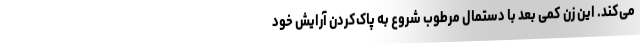
می‌کند. این زن کمی بعد با دستمال‌ مرطوب شروع به پاک‌کردن آرایش خود